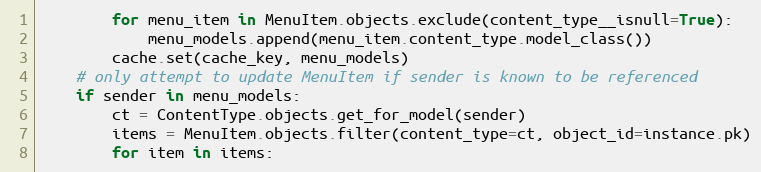
Language: Python
        for menu_item in MenuItem.objects.exclude(content_type__isnull=True):
            menu_models.append(menu_item.content_type.model_class())
        cache.set(cache_key, menu_models)
    # only attempt to update MenuItem if sender is known to be referenced
    if sender in menu_models:
        ct = ContentType.objects.get_for_model(sender)
        items = MenuItem.objects.filter(content_type=ct, object_id=instance.pk)
        for item in items: